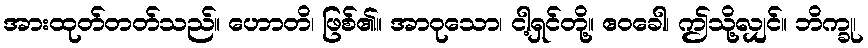
အားထုတ်တတ်သည်။ ဟောတိ၊ ဖြစ်၏။ အာဝုသော၊ ငါ့ရှင်တို့။ ဧဝခေါ၊ ဤသို့လျှင်။ ဘိက္ခု၊